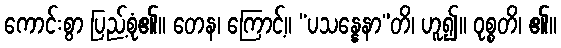
ကောင်းစွာ ပြည့်စုံ၏။ တေန၊ ကြောင့်။ “ပသန္နေနာ”တိ၊ ဟူ၍။ ဝုစ္စတိ၊ ၏။